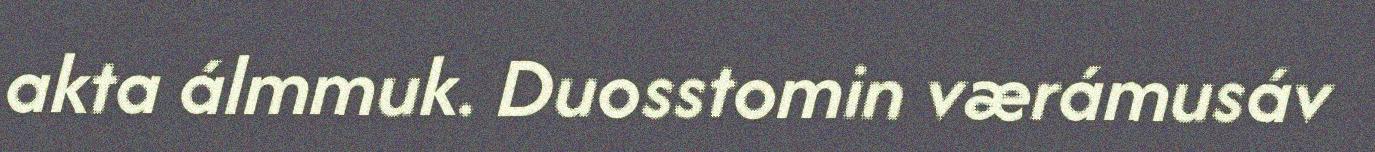
akta álmmuk. Duosstomin værámusáv